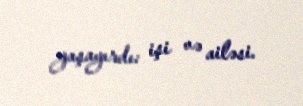
yaşayırdı: işi və ailəsi.